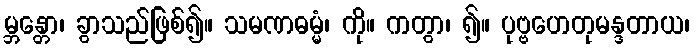
မ္ဘန္တော၊ ခွာသည်ဖြစ်၍။ သမဏဓမ္မံ၊ ကို။ ကတွာ၊ ၍။ ပုဗ္ဗဟေတုမန္ဒတာယ၊